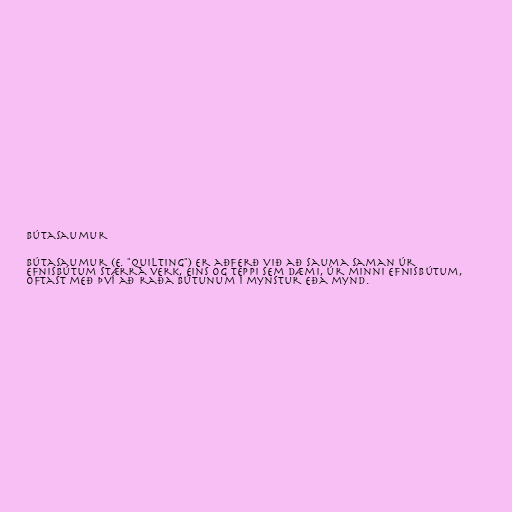
Bútasaumur

Bútasaumur (e. "Quilting") er aðferð við að sauma saman úr
efnisbútum stærra verk, eins og teppi sem dæmi, úr minni efnisbútum,
oftast með því að raða bútunum í mynstur eða mynd.